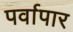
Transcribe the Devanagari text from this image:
पर्वापार